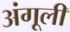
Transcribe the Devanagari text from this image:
अंगूली